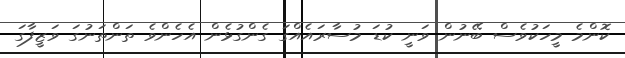
ކޮންމެ މީހަކުވެސް ބޭނުން ވަނީ ކުޑަ މުސާރައެއްގަ ގެންގުޅެން އެހެންވެ ތަންތަނުގަ ވަޒީފާގަ